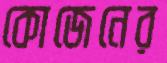
কোজেনের